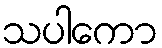
သပါကော